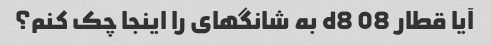
آیا قطار d8 08 به شانگهای را اینجا چک کنم؟